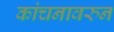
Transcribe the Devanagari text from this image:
कांचनावरुन